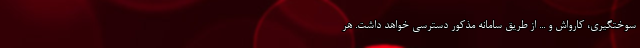
سوختگیری، کارواش و ... از طریق سامانه مذکور دسترسی خواهد داشت. هر